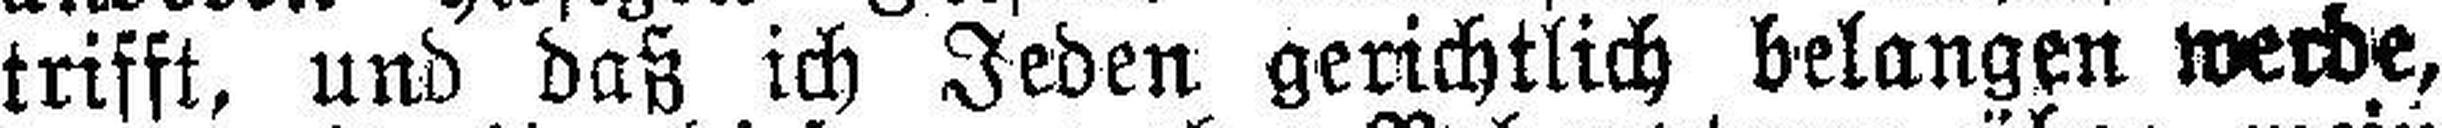
trifft, und daß ich Jeden gerichtlich belangen werde,